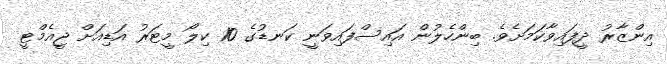
އިންޒާރު ދީފައިވާކަމަށެވެ. ބިންހެލުން އައިސްފައިވަނީ ކަނޑުގެ 10 ކިލޯ މީޓަރު އަޑިއަށް ޖީއެމްޓީ